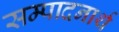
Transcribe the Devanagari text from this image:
सम्पादनार्थ